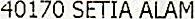
40170 SETIA ALAM